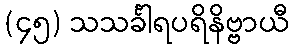
(၄၅) သသင်္ခါရပရိနိဗ္ဗာယီ